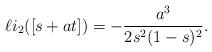
LaTeX: \begin{align*}\ell i_{2}([s+at])=-\frac{a^3}{2s^2(1-s)^2}. \end{align*}